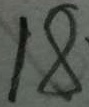
1 8